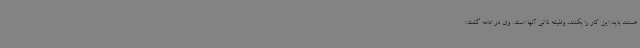
هستند باید این کار را بکنند، وظیفه ذاتی آنها است. وی در ادامه گفت: